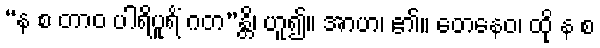
“န စ တာဝ ပါရိပူရိံ ဂတ”န္တိ၊ ဟူ၍။ အာဟ၊ ၏။ တေနေဝ၊ ထို န စ